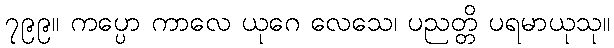
၇၉၉။ ကပ္ပော ကာလေ ယုဂေ လေသေ၊ ပညတ္တိ ပရမာယုသု။